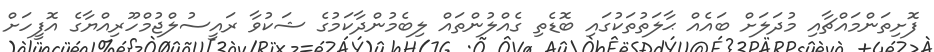
ފޮށިތަންމައްޗާއި މުދަލަށް ބައެއް ޙާލަތުތަކުގައި ބޮޑެތި ގެއްލުންތައް ލިބެމުންދާކަމުގެ ޝަކުވާ ރައީސުލްޖުމްހޫރިއްޔާގެ އޮފީހަށް